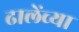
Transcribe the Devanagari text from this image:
ढालेंच्या